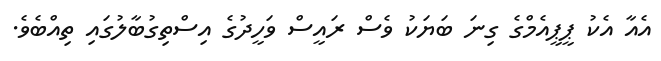
އެއާ އެކު ޕީޕީއެމްގެ ގިނަ ބަޔަކު ވެސް ރައީސް ވަހީދުގެ އިސްތިގުބާލުގައި ތިއްބެވެ.